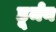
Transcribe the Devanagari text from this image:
हूर्मन